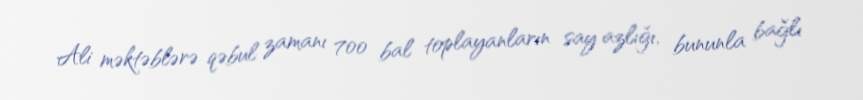
Ali məktəblərə qəbul zamanı 700 bal toplayanların say azlığı, bununla bağlı